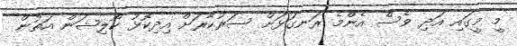
މީ މީގައި އަދި ވެސް އެންމެ ރަނގަޅަށް ސަރުކާރަށް އިދިކޮޅު ކޯލިޝަން އަތުން